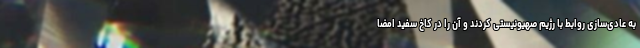
به عادی‌سازی روابط با رژیم صهیونیستی کردند و آن را در کاخ سفید امضا